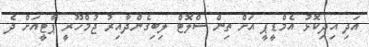
އަދި އިދިކޮޅު އެމްޑީޕީ އަށް ތިން ސްލޮޓް ލިބިގެންދާއިރު ޖުމްހޫރީ ޕާޓީއަށް ދެ